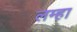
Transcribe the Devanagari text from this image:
लम्हा